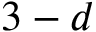
3 - d